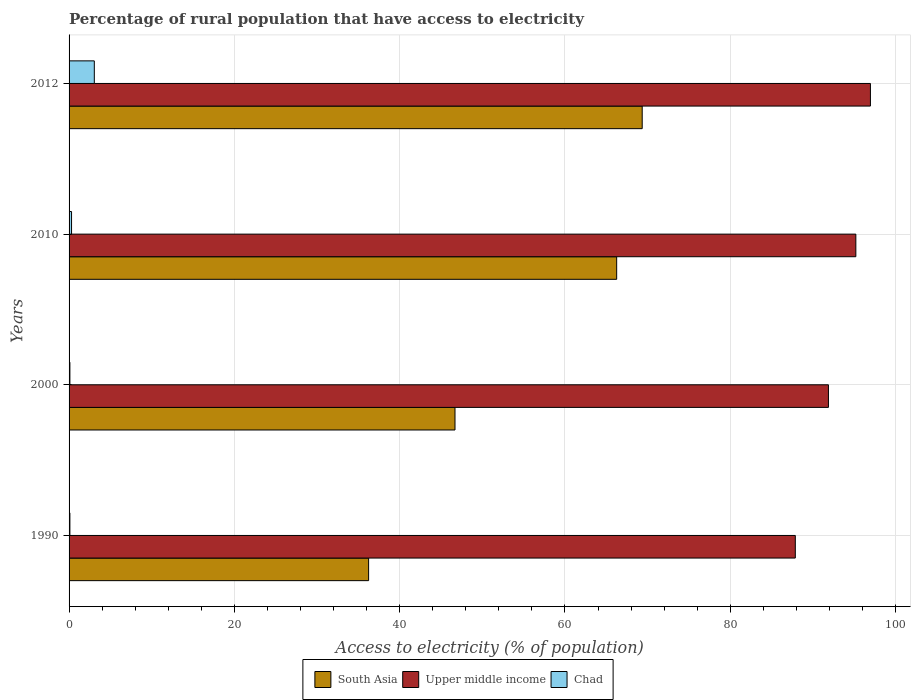
| Years | South Asia | Upper middle income | Chad |
 | --- | --- | --- | --- |
 | 1990 | 36.2 | 87.9 | 0.1 |
 | 2000 | 46.7 | 91.9 | 0.1 |
 | 2010 | 66.3 | 95.2 | 0.3 |
 | 2012 | 69.3 | 97 | 3.05 |